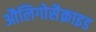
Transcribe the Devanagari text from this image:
औलिगोसैक्राइड